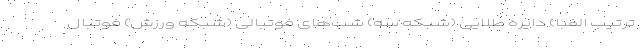
ترتیب الفبا) دایره طلایی (شبکه سه) شب‌های فوتبالی (شبکه ورزش) فوتبال